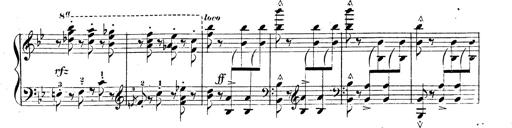
Title: 3 Caprices-Valses
Composer: Franz Liszt